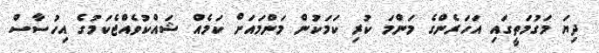
ދިޔަ މަގުމަތީގައި އަހަރެންގެ މަންމަ ކުރި ކަމަކުން މަންމައަށް ކަމެއް ޝައްކުވެއްޖެކަމުގެ އިހުސާސް